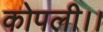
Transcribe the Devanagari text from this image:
कोपली।।